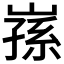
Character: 𭗅